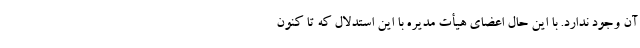
آن وجود ندارد. با این حال اعضای هیأت مدیره با این استدلال که تا کنون